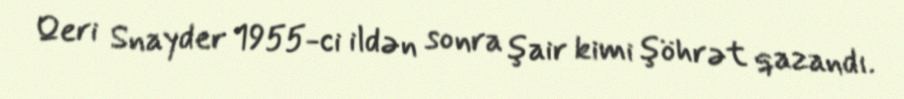
Qeri Snayder 1955-ci ildən sonra şair kimi şöhrət qazandı.